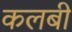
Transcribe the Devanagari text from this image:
कलबी